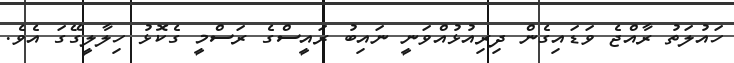
ހައުލަތު ރާއްޖެ ވަޑައިގެން ދިރިއުޅުއްވަނީ ނައިބު ރައީސްގެ ރަސްމީ ގެކޮޅު ހިލާލީގޭގަ އެވެ.